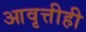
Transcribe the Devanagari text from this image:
आवृत्तीही